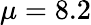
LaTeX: \mu=8.2